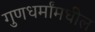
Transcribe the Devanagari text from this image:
गुणधर्मांमधील